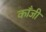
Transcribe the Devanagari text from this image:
काँजी